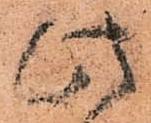
此